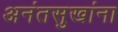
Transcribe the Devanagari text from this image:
अनंतसुखांना